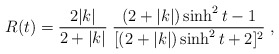
\begin{align*}R(t)=\frac{2|k|}{2+|k|}\; \frac{(2+|k|)\sinh^2 t-1}{[(2+|k|)\sinh^2 t +2]^2} \; ,\end{align*}